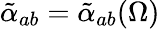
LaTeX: \tilde{\alpha}_{ab}=\tilde{\alpha}_{ab}(\Omega)